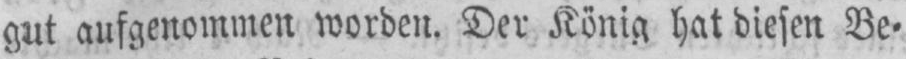
gut aufgenommen worden. Der König hat diesen Be⸗